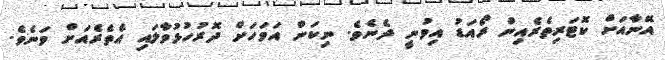
އޭނާއަށް ކޮޓަރިތެރެއިން ރޯއަޑު އިވުނީ ދެނެވެ. ނިކަން އަވަހަށް ދޮރުހުޅުވާލައި އެތެރެއަށް ވަނެވެ.